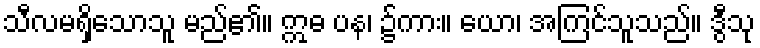
သီလမရှိသောသူ မည်၏။ ဣဓ ပန၊ ၌ကား။ ယော၊ အကြင်သူသည်။ ဒွီသု